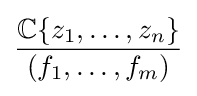
{\frac {\mathbb {C} \{z_{1},\ldots ,z_{n}\}}{(f_{1},\ldots ,f_{m})}}